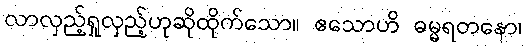
လာလှည့်ရှုလှည့်ဟုဆိုထိုက်သော။ ဧသောဟိ ဓမ္မရတနော၊